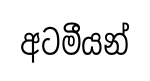
අටමීයන්